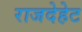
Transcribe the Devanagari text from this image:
राजदेहेट